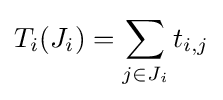
T_{i}(J_{i})=\sum _{j\in J_{i}}t_{i,j}